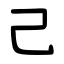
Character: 己